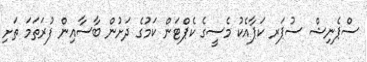
ސްޕެނިޝް ސުޕަރ ކަޕާއެކު މެސީގެ ކެޕްޓަން ކަމުގެ ދަށުން ބާސާއިން ފުރަތަމަ ތަށި